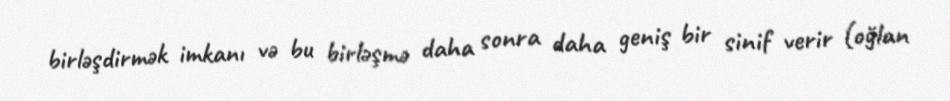
birləşdirmək imkanı və bu birləşmə daha sonra daha geniş bir sinif verir (oğlan